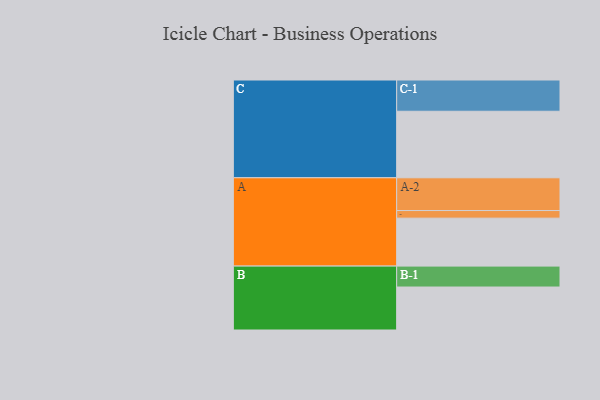
{"axis": {"x": "Segment", "y": "Value"}, "legend": ["", "A", "B", "C"], "data": [{"x": "A", "y": 385, "type": ""}, {"x": "B", "y": 345, "type": ""}, {"x": "C", "y": 534, "type": ""}, {"x": "A-1", "y": 61, "type": "A"}, {"x": "A-2", "y": 263, "type": "A"}, {"x": "B-1", "y": 168, "type": "B"}, {"x": "C-1", "y": 251, "type": "C"}]}